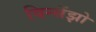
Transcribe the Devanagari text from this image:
विन्सेंझो